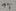
Text: 15